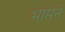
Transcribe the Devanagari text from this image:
भामन